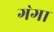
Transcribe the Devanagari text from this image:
ग॓गा